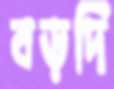
বড়দি